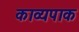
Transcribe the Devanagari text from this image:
काव्यपाक